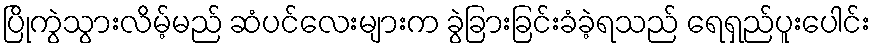
ပြိုကွဲသွားလိမ့်မည် ဆံပင်လေးများက ခွဲခြားခြင်းခံခဲ့ရသည် ရေရှည်ပူးပေါင်း